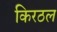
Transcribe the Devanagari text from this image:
किरठल